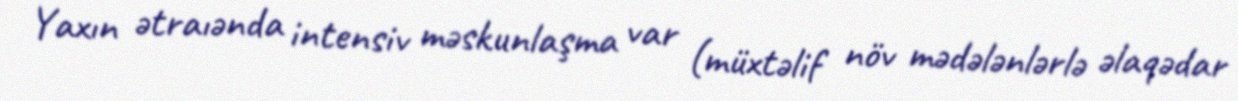
Yaxın ətraıənda intensiv məskunlaşma var (müxtəlif növ mədələnlərlə əlaqədar